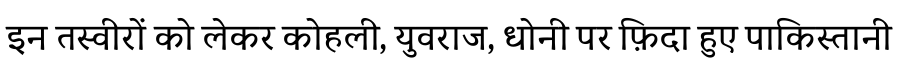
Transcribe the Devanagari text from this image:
इन तस्वीरों को लेकर कोहली, युवराज, धोनी पर फ़िदा हुए पाकिस्तानी